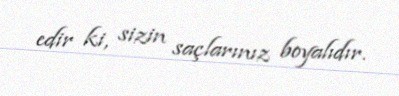
edir ki, sizin saçlarınız boyalıdır.